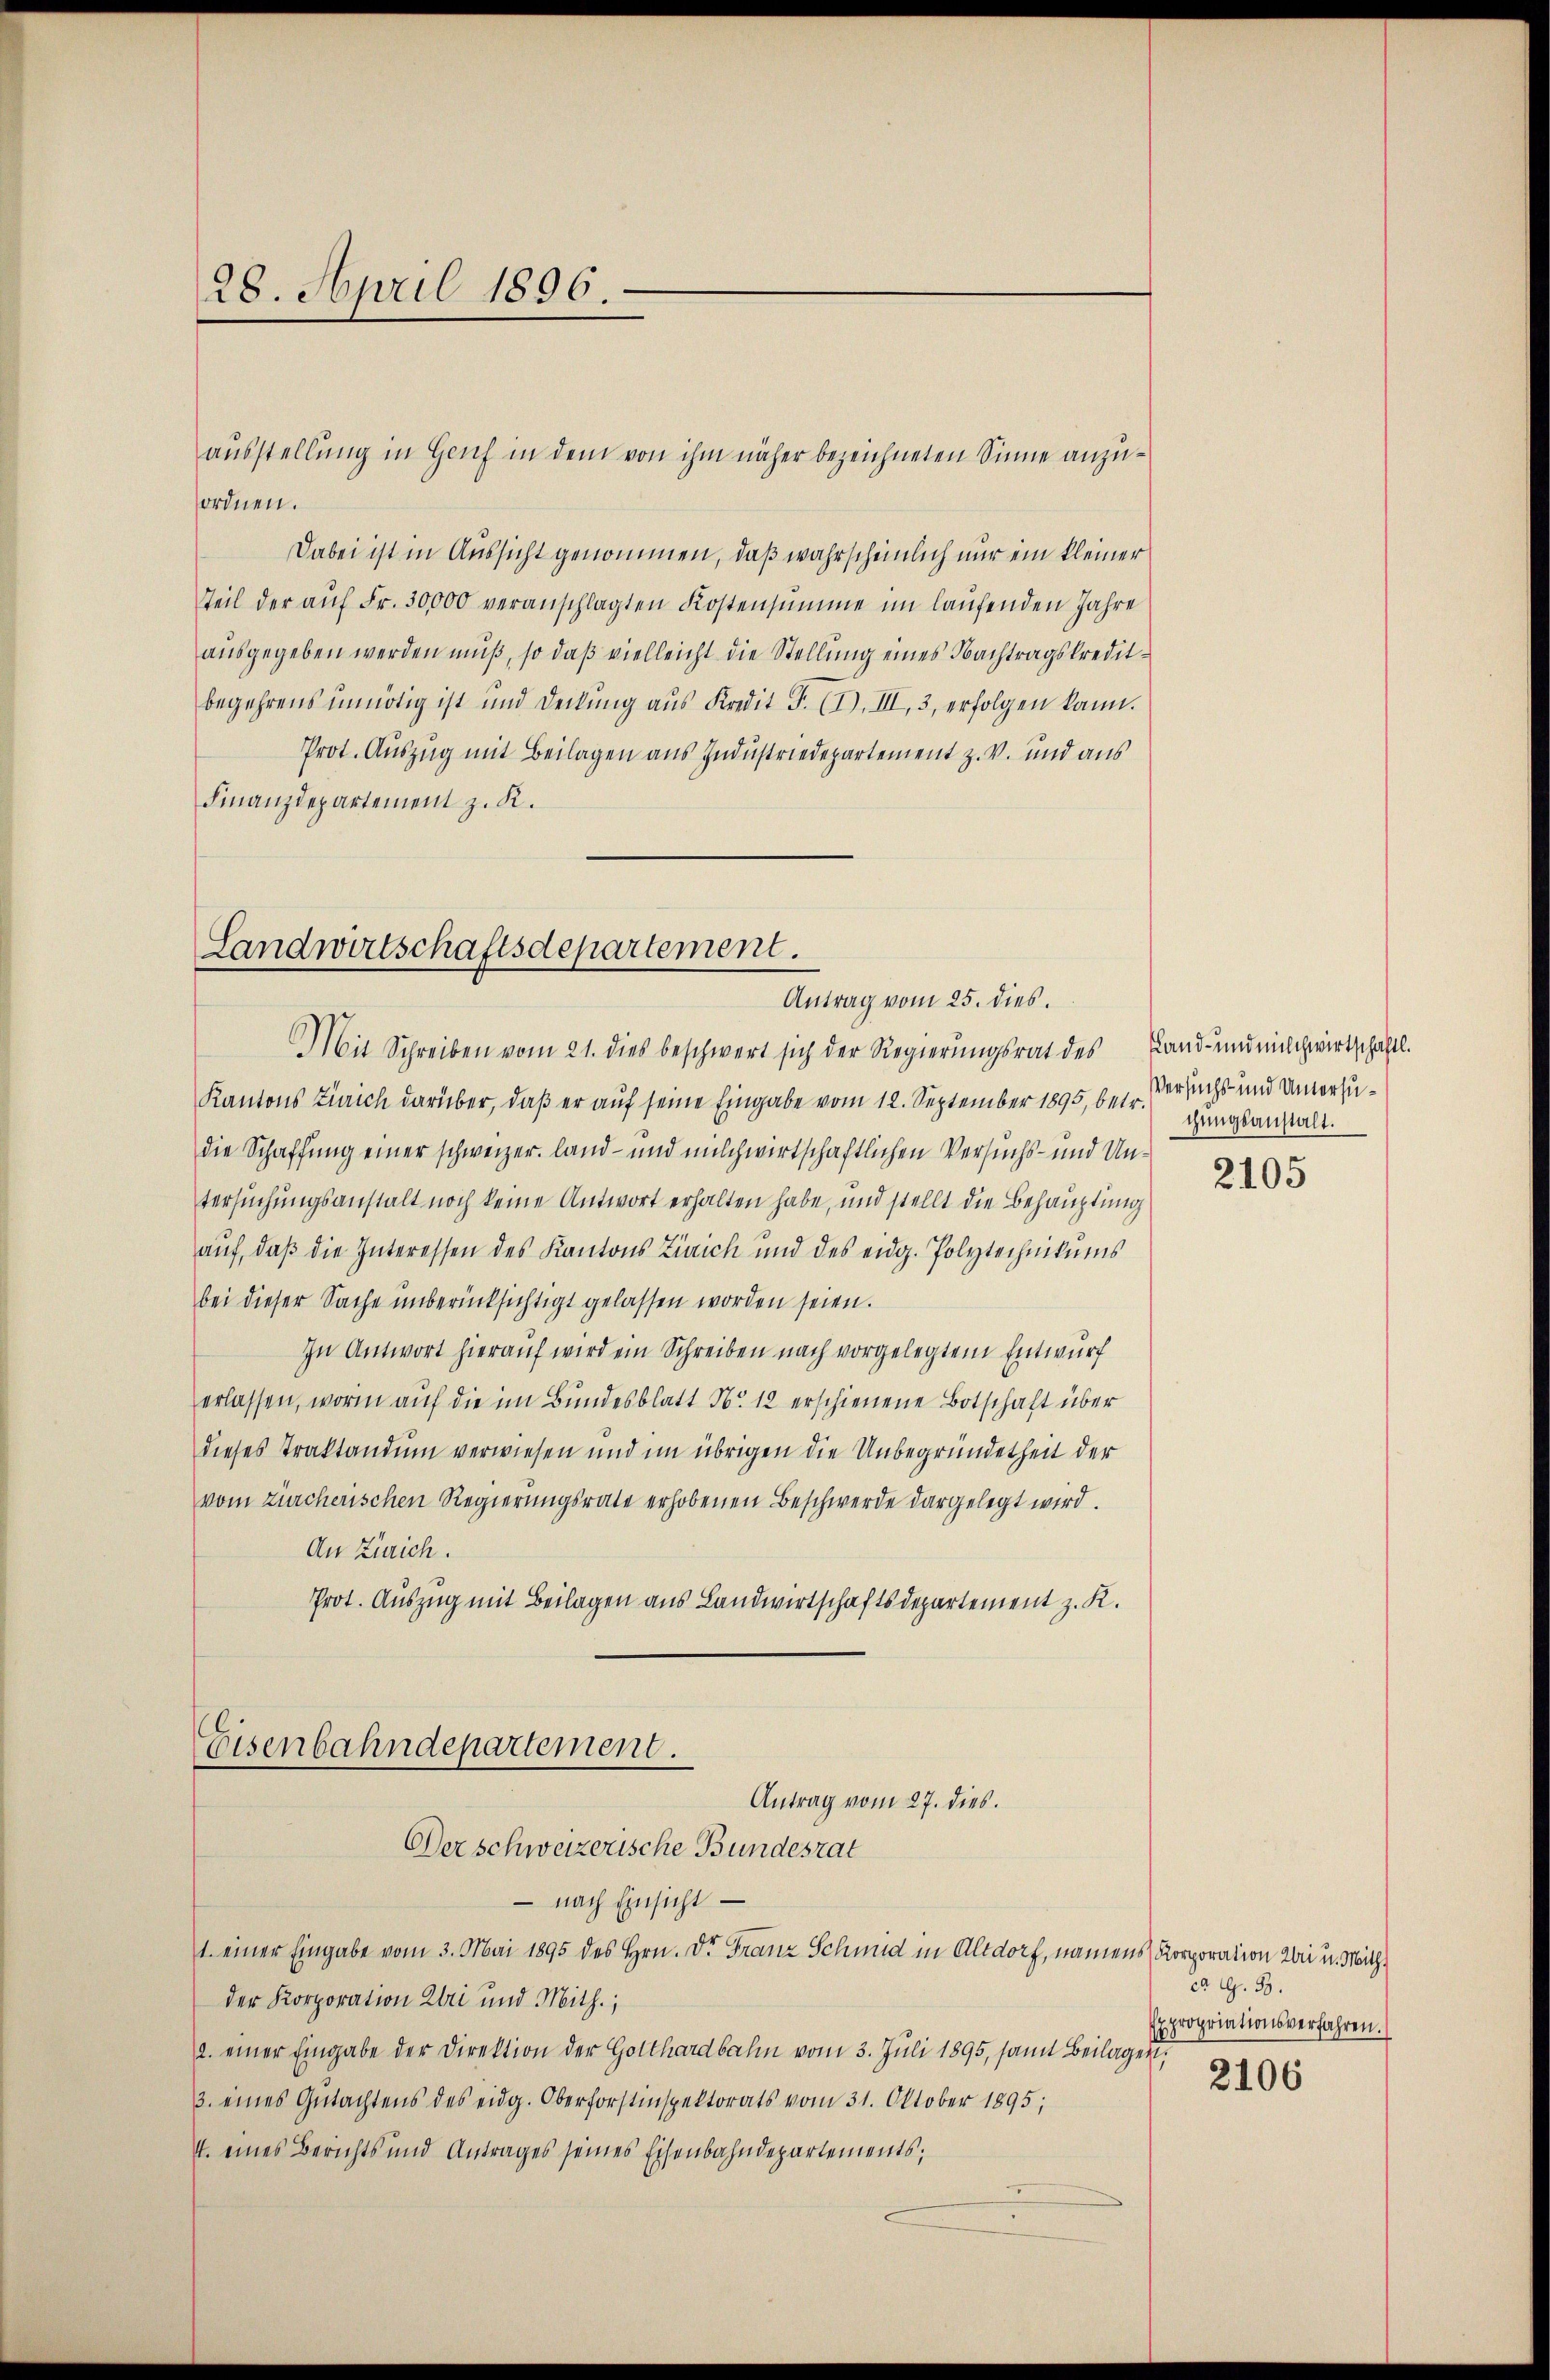
ordnen.
Dabei ist in Aussicht genommen, daß wahrscheinlich nur ein kleiner
Teil der aŭf Fr. 30,000 veranschlagten Kostensumme im laufenden Jahre
ausgegeben werden muß, so daß vielleicht die Stellung eines Nachtragskreditbegehrens unnötig ist und Deckung aŭs Kredit F. (I. III, 3, erfolgen kann.
Prot. Auszug mit Beilagen aus Industriedepartement z. V. und aus
Finanzdepartement z. R.

28. April 1896.

ausstellung in Genf in dem von ihm näher bezeichneten Sinne anzu¬

Landwirtschaftsdepartement.
Antrag vom 25. dies.

Mit Schreiben vom 21. dies beschwert sich der Regierungsrat des Land- und milchwirtschaftl.
Kantons Zürich darüber, daß er auf seine Eingabe vom 12. September 1895, bei Versuchs- und Untersudie Schaffung einer schweizer land- und milchwirtschaftlichen Versuchs- und Untersuchungsanstalt noch keine Antwort erhalten habe, und stellt die Behauptung
auf, daß die Interessen des Kantons Zürich und des eidg. Polytechnikums
bei dieser Sache unberücksichtigt gelassen worden seien.
In Antwort hierauf wird ein Schreiben nach vorgelegtem Entwurf
erlassen, worin auf die im Bundesblatt No. 12 erschienene Botschaft über
dieses Traktandum verwiesen und im übrigen die Unbegründetheit der
vom Zürcherischen Regierungsrate erhobenen Beschwerde dargelegt wird.
An Zürich.
Prot. Auszug mit Beilagen aus Landwirtschaftsdepartement z. K.

Eisenbahndepartement.
Antrag vom 27. dies.
Der schweizerische Bundesrat
- nach Einsicht —
1. einer Eingabe vom 3. Mai 1895 des Hrn. Die Franz Schmid in Altdorf, namens Korporation bei u. Mith

der Korporation Uri und Mith.;
2. einer Eingabe der Direktion der Gotthardbahn vom 3. Juli 1895, samt Beilagen.
3. eines Gutachtens des eidg. Oberforstinspektorats vom 31. Oktober 1895;
4. eines Berichts und Antrages seines Eisenbahndepartements;

chungsanstalt.

2105

ca G. 33.
xpropriationsverfahren.

2106